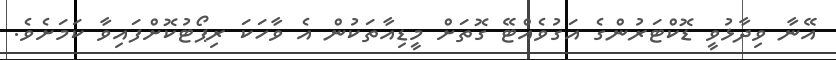
އޭނާ ވިދާޅުވީ ޑޮކްޓަރުންގެ އަގުވެއްޓޭ ގޮތަށް މީޑިއާތަކުން އެ ވާހަކަ ރިޕޯޓުކޮށްފައިވާ ކަމަށެވެ.